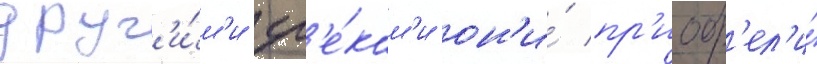
друг'и́м'и гр'е́кам'и он'и́ пр'иобр'ел'и́